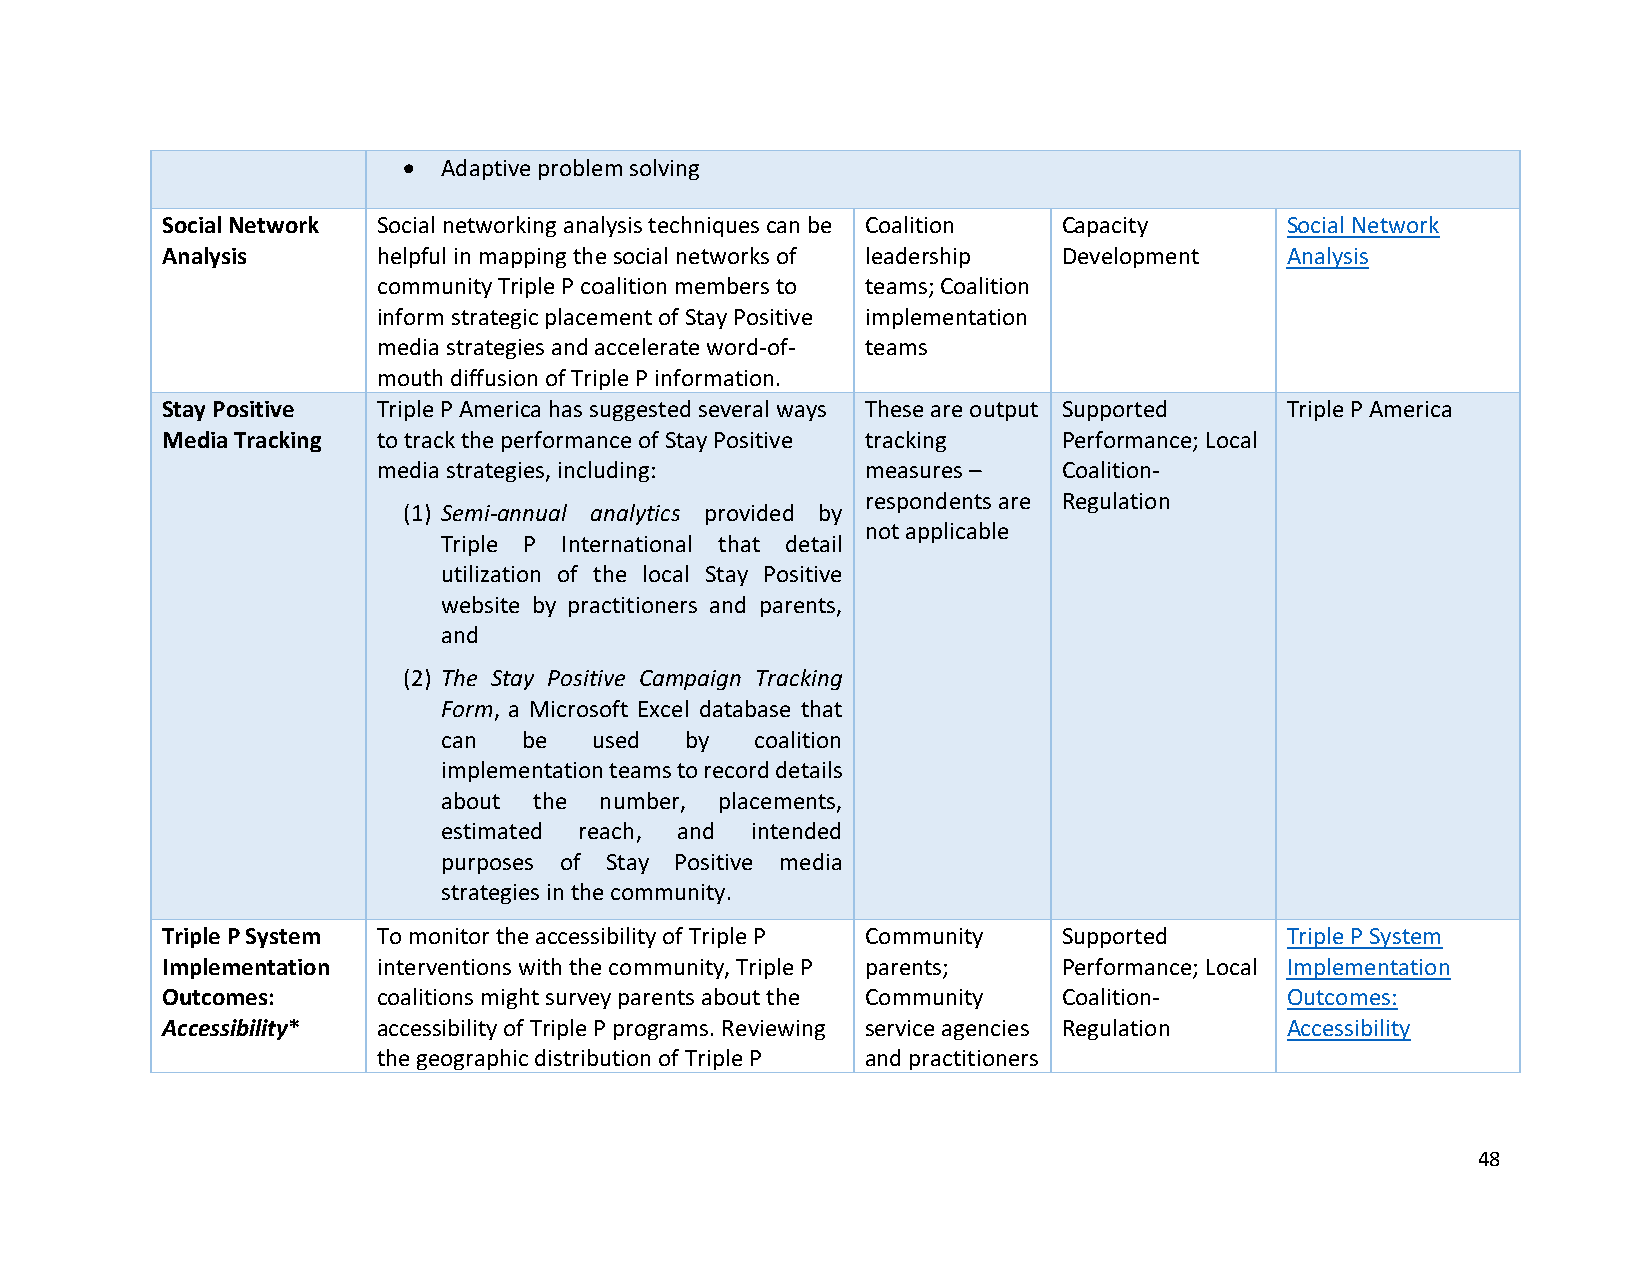
• Adaptive problem solving
 Social Network Social networking analysis techniques can be Coalition Capacity Social Network
 Analysis      helpful in mapping the social networks of leadership Development Analysis
 community Triple P coalition members to teams; Coalition
 inform strategic placement of Stay Positive implementation
 media strategies and accelerate word-of- teams
 mouth diffusion of Triple P information.
 Stay Positive Triple P America has suggested several ways These are output Supported Triple P America
 Media Tracking to track the performance of Stay Positive tracking Performance; Local
 media strategies, including:    measures –   Coalition-
 respondents are Regulation
 (1) Semi-annual analytics provided by
 not applicable
 Triple P International that detail
 utilization of the local Stay Positive
 website by practitioners and parents,
 and
 (2) The Stay Positive Campaign Tracking
 Form, a Microsoft Excel database that
 can   be  used  by   coalition
 implementation teams to record details
 about the  number, placements,
 estimated reach, and intended
 purposes of Stay Positive media
 strategies in the community.
 Triple P System To monitor the accessibility of Triple P Community Supported Triple P System
 Implementation interventions with the community, Triple P parents; Performance; Local Implementation
 Outcomes:     coalitions might survey parents about the Community Coalition- Outcomes:
 Accessibility* accessibility of Triple P programs. Reviewing service agencies Regulation Accessibility
 the geographic distribution of Triple P and practitioners
 48